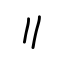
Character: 〢